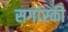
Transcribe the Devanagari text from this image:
सगांस्की